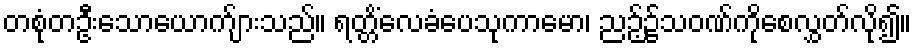
တစုံတဦးသောယောက်ျားသည်။ ရတ္တိံလေခံပေသုကာမော၊ ညဉ့်၌သဝဏ်ကိုစေလွှတ်လို၍။